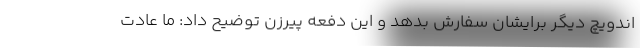
اندویچ دیگر برایشان سفارش بدهد و این دفعه پیرزن توضیح داد: ما عادت